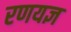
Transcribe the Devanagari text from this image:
रणयज्ञ